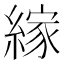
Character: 𦃲